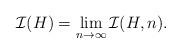
LaTeX: \begin{align*}\mathcal{I}(H)=\lim_{n\rightarrow \infty} \mathcal{I}(H,n). \end{align*}